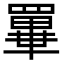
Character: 𦌂